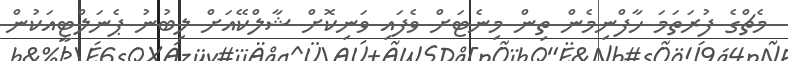
މެޗްގެ ފުރަތަމަ ހާފްނިމެން ތިން މިނެޓަށް ވެފައި ވަނިކޮށް ޝާލްކޭއަށް ލިބުނު ޕެނަލްޓީއަކުން